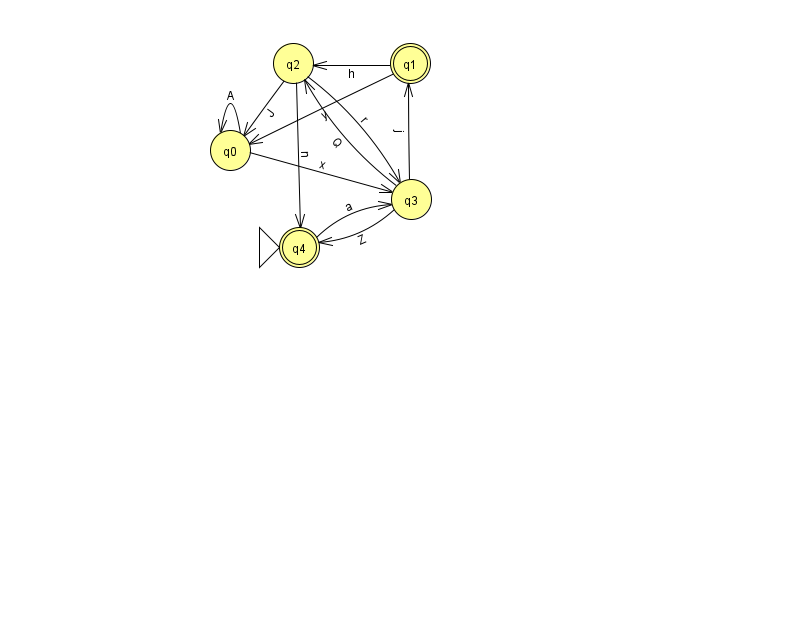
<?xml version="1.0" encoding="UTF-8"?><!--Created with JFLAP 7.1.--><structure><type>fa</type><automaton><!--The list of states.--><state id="0" name="q0"><x>230.0</x><y>137.0</y></state><state id="1" name="q1"><x>410.0</x><y>50.0</y><final/></state><state id="2" name="q2"><x>293.0</x><y>50.0</y></state><state id="3" name="q3"><x>411.0</x><y>186.0</y></state><state id="4" name="q4"><x>299.0</x><y>234.0</y><initial/><final/></state><!--The list of transitions.--><transition><from>2</from><to>3</to><read>r</read></transition><transition><from>0</from><to>0</to><read>A</read></transition><transition><from>1</from><to>0</to><read>y</read></transition><transition><from>3</from><to>2</to><read>Q</read></transition><transition><from>3</from><to>4</to><read>Z</read></transition><transition><from>2</from><to>4</to><read>n</read></transition><transition><from>1</from><to>2</to><read>h</read></transition><transition><from>3</from><to>1</to><read>j</read></transition><transition><from>4</from><to>3</to><read>a</read></transition><transition><from>0</from><to>3</to><read>x</read></transition><transition><from>2</from><to>0</to><read>J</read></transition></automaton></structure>